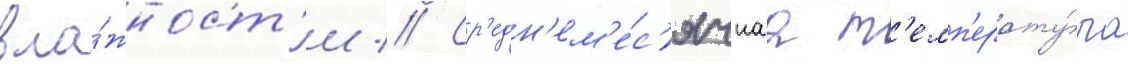
вла́жност'и // Ср'едн'ем'е́с'ячнаа т'емп'ерату́ра